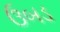
ઉબડ